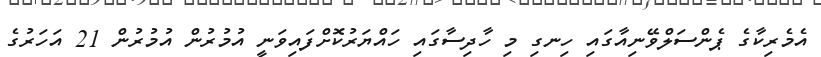
އެމެރިކާގެ ޕެންސަލްވޭނިއާގައި ހިނގި މި ހާދިސާގައި ހައްޔަރުކޮށްފައިވަނީ އުމުރުން އުމުރުން 21 އަހަރުގެ